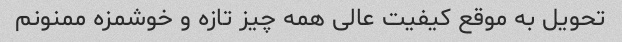
تحویل به موقع کیفیت عالی همه چیز تازه و خوشمزه ممنونم